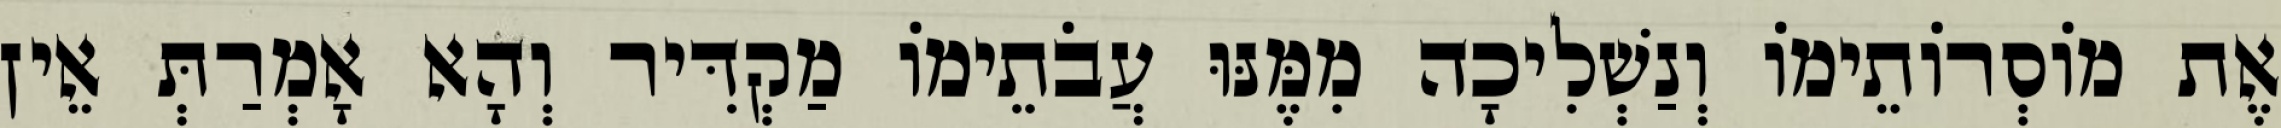
אֶת מוֹסְרוֹתֵימוֹ וְנַשְׁלִיכָה מִמֶּנּוּ עֲבֹתֵימוֹ מַקְדִּיר וְהָא אָמְרַתְּ אֵין